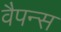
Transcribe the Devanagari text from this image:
वैपन्स